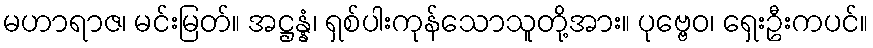
မဟာရာဇ၊ မင်းမြတ်။ အဋ္ဌန္နံ၊ ရှစ်ပါးကုန်သောသူတို့အား။ ပုဗ္ဗေဝ၊ ရှေးဦးကပင်။